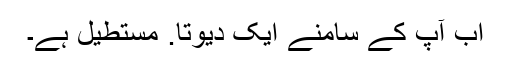
اب آپ کے سامنے ایک دیوتا. مستطیل ہے۔